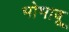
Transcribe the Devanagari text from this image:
भोभावू